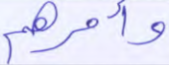
وأمرهم